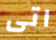
اتى